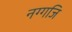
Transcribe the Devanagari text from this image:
नग्गजि